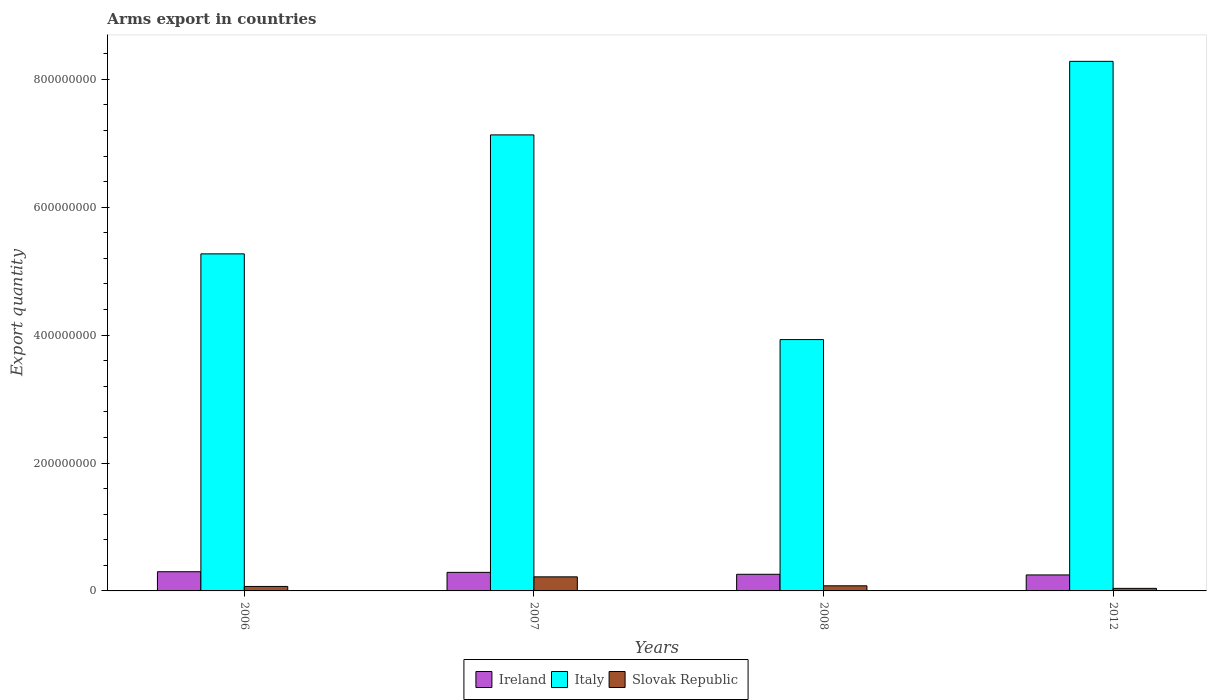
| Years | Ireland | Italy | Slovak Republic |
 | --- | --- | --- | --- |
 | 2006 | 3e+07 | 5.27e+08 | 7e+06 |
 | 2007 | 2.9e+07 | 7.13e+08 | 2.2e+07 |
 | 2008 | 2.6e+07 | 3.93e+08 | 8e+06 |
 | 2012 | 2.5e+07 | 8.28e+08 | 4e+06 |